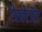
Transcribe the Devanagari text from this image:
ऐस्बेटॉस